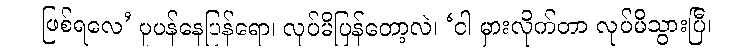
ဖြစ်ရလေ’ ပူပန်နေပြန်ရော၊ လုပ်မိပြန်တော့လဲ၊ ‘ငါ မှားလိုက်တာ လုပ်မိသွားပြီ၊